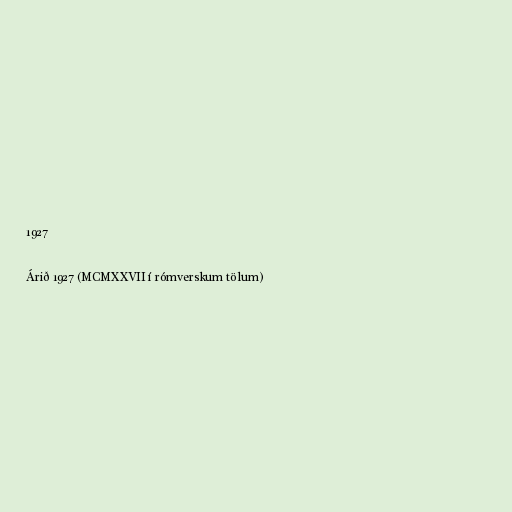
1927

Árið 1927 (MCMXXVII í rómverskum tölum)